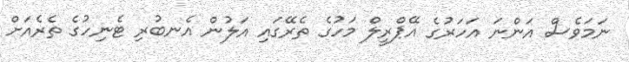
ނަމަވެސް އަންނަ އަހަރުގެ އޭޕްރީލް މަހުގެ ތެރޭގައި އަލުން އެނބުރި ޓެނިހުގެ ތެރެއަށް